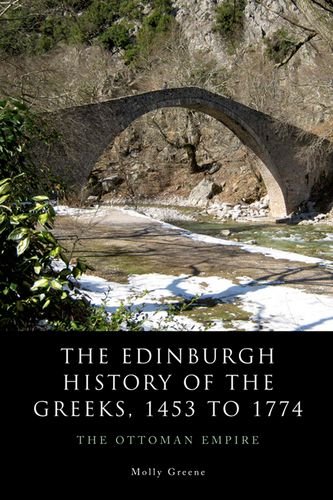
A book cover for The Edinburgh History of the Greeks, 1453 to 1768: The Ottoman Empire (The Edinburgh History of the Greeks EUP); Molly Greene; History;